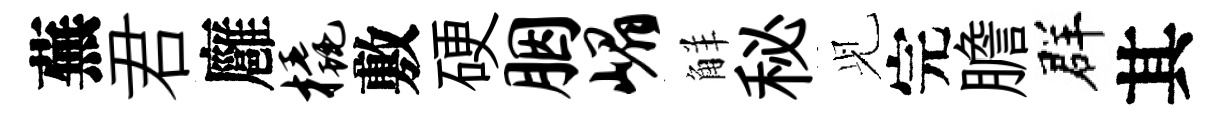
蕪君廱橇敷硬胭嵋觧秘𫤗完膽群其